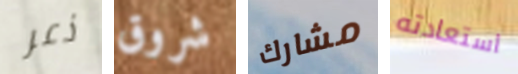
ذعر شروق مشارك استعادته